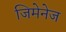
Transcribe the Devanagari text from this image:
जिमेनेज